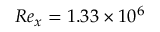
R e _ { x } = 1 . 3 3 \times 1 0 ^ { 6 }